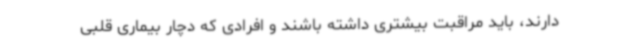
دارند، باید مراقبت بیشتری داشته باشند و افرادی که دچار بیماری قلبی